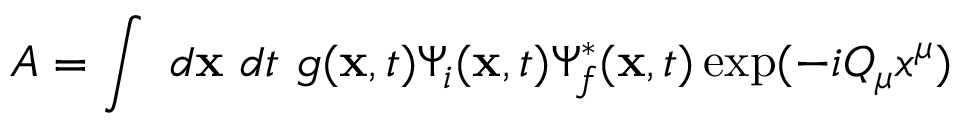
A = \int ~ d { \bf x } ~ d t ~ g ( { \bf x } , t ) \Psi _ { i } ( { \bf x } , t ) \Psi _ { f } ^ { * } ( { \bf x } , t ) \exp ( - i Q _ { \mu } x ^ { \mu } )